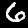
Digit: 6